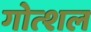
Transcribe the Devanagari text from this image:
गोत्शल